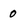
Character: 0